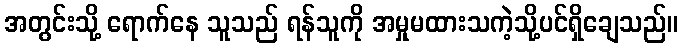
အတွင်းသို့ ရောက်နေ သူသည် ရန်သူကို အမှုမထားသကဲ့သို့ပင်ရှိချေသည်။